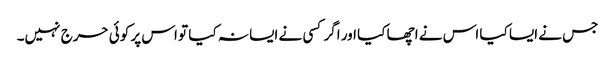
جس نے ایسا کیا اس نے اچھا کیا اور اگر کسی نے ایسا نہ کیا تو اس پر کوئی حرج نہیں۔